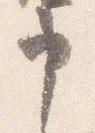
申